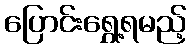
ပြောင်းရွှေ့ရမည့်